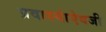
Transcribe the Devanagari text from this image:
प्रवाश्यांऐवजी